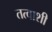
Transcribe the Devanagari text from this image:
तत्वाशी